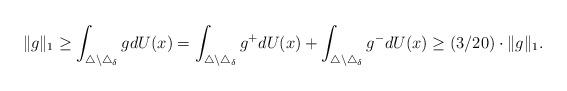
LaTeX: \begin{align*}\|g\|_{1} \geq \int_{\triangle \setminus \triangle_{\delta}} gdU(x) = \int_{\triangle \setminus \triangle_{\delta}} g^{+}dU(x) + \int_{\triangle \setminus \triangle_{\delta}} g^{-}dU(x) \geq (3/20) \cdot \|g\|_{1}. \end{align*}